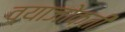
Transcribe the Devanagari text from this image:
व्याजोक्ती